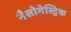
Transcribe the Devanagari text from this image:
नैसोगेस्ट्रिक